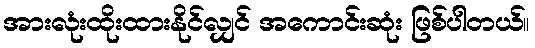
အားလုံးထိုးထားနိုင်လျှင် အကောင်းဆုံး ဖြစ်ပါတယ်။